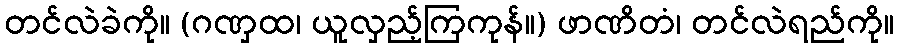
တင်လဲခဲကို။ (ဂဏှထ၊ ယူလှည့်ကြကုန်။) ဖာဏိတံ၊ တင်လဲရည်ကို။